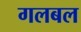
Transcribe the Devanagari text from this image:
गलबल